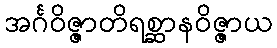
အင်္ဂဝိဇ္ဇာတိရစ္ဆာနဝိဇ္ဇာယ